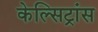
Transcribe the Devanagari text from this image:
केल्सिट्रांस